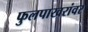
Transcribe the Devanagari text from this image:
फुलपाखरांवर